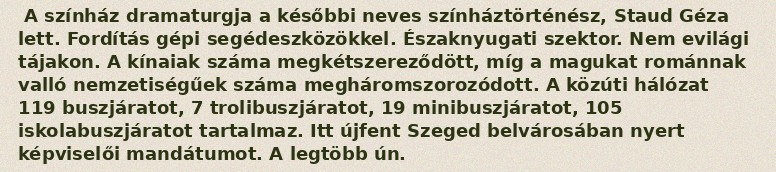
A színház dramaturgja a későbbi neves színháztörténész, Staud Géza lett. Fordítás gépi segédeszközökkel. Északnyugati szektor. Nem evilági tájakon. A kínaiak száma megkétszereződött, míg a magukat románnak valló nemzetiségűek száma megháromszorozódott. A közúti hálózat 119 buszjáratot, 7 trolibuszjáratot, 19 minibuszjáratot, 105 iskolabuszjáratot tartalmaz. Itt újfent Szeged belvárosában nyert képviselői mandátumot. A legtöbb ún.